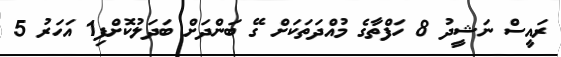
ރައީސް ނަޝީދު 8 ހަފްތާގެ މުއްދަތަކަށް ގޭ ބަންދަށް ބަދަލުކޮށްފި1 އަހަރު 5